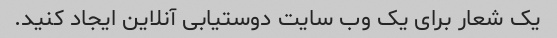
یک شعار برای یک وب سایت دوستیابی آنلاین ایجاد کنید.